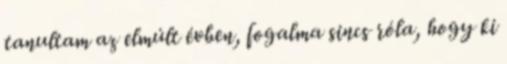
tanultam az elmúlt évben, fogalma sincs róla, hogy ki